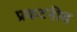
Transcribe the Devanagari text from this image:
प्रकटनीय